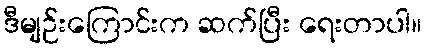
ဒီမျဉ်းကြောင်းက ဆက်ပြီး ရေးတာပါ။